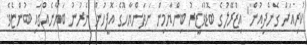
ކުރިއަށް ގެންދިއުން" އިޒްރޭލުގެ ބޮޑުވަޒީރު ބިންޔާމިން ނަތަންޔާހޫގެ އޮފީހުން ނެރުނު ބަޔާނެއްގައި ބުންޏެވެ.